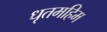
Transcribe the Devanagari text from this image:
धृतमहिम